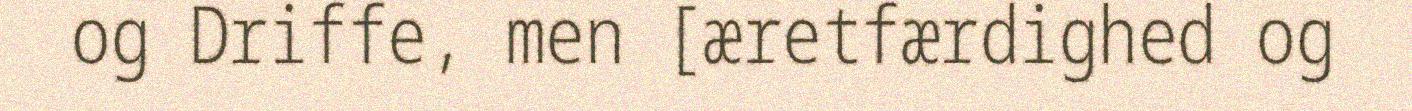
og Driffe, men [æretfærdighed og